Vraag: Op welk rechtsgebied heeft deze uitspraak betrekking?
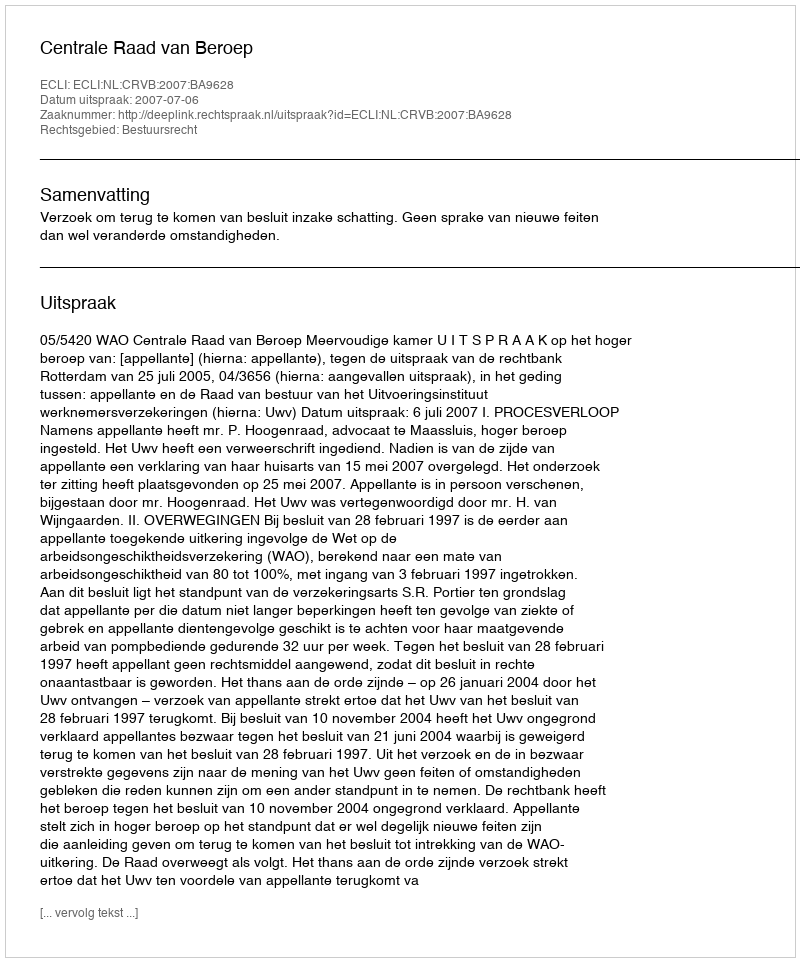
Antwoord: Bestuursrecht